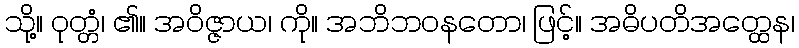
သို့။ ဝုတ္တံ၊ ၏။ အဝိဇ္ဇာယ၊ ကို။ အဘိဘဝနတော၊ ဖြင့်။ အဓိပတိအတ္ထေန၊